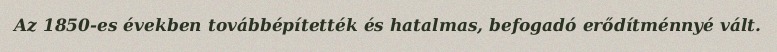
Az 1850-es években továbbépítették és hatalmas, befogadó erődítménnyé vált.